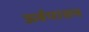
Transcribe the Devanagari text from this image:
ऊर्वपातन